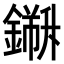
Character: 𨬁